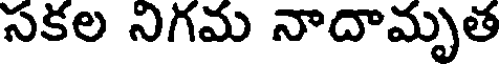
సకల నిగమ నాదామృత